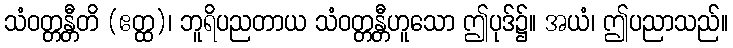
သံဝတ္တန္တီတိ (ဧတ္ထ)၊ ဘူရိပညတာယ သံဝတ္တန္တီဟူသော ဤပုဒ်၌။ အယံ၊ ဤပညာသည်။